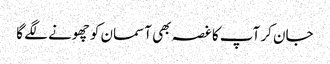
جان کر آپ کا غصہ بھی آسمان کو چھونے لگے گا